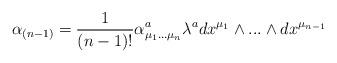
LaTeX: \begin{align*}\alpha_{(n-1)}= {1 \over (n-1)!} \alpha^{a}_{\mu_{1}...\mu_{n}} \lambda^{a}dx^{\mu_{1}} \wedge...\wedge dx^{\mu_{n-1}}\end{align*}